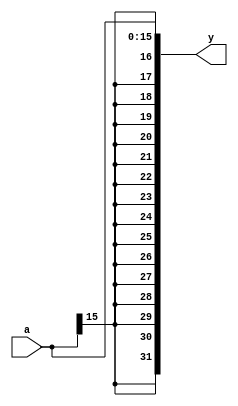
`timescale 1ns / 1ps
module signext(
	input wire [15:0] a,
	output wire [31:0] y);

	assign y = {{16{a[15]}}, a};
endmodule